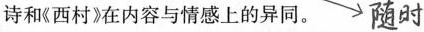
首诗和《西村》在内容与情感上的异同。随时